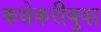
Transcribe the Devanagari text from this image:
कथेकरीबुवा